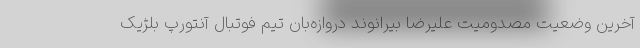
آخرین وضعیت مصدومیت علیرضا بیرانوند دروازه‌بان تیم فوتبال آنتورپ بلژیک